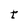
Character: t